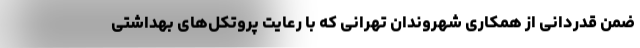
ضمن قدردانی از همکاری شهروندان تهرانی که با رعایت پروتکل‌های بهداشتی